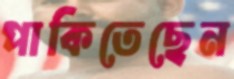
পাকিতেছেন